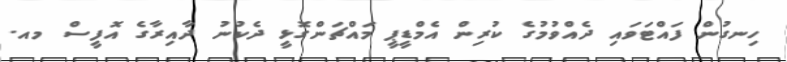
ހިނގުން ފައްޓަވައި ދެއްވުމުގެ ކުރިން އެމްޑީޕީ މައްޗަންގޮޅީ ދެކުނު ދާއިރާގެ އޮފީސް މއ.